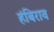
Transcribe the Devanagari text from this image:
हंबिराव